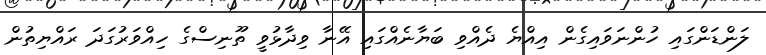
ލަންޑަންގައި ހުންނަވައިގެން އިއްޔެ ދެއްވި ބަޔާނެއްގައި އޭނާ ވިދާޅުވީ ތޫނިސްގެ ހިއްވަރުގަދަ ރައްޔިތުން